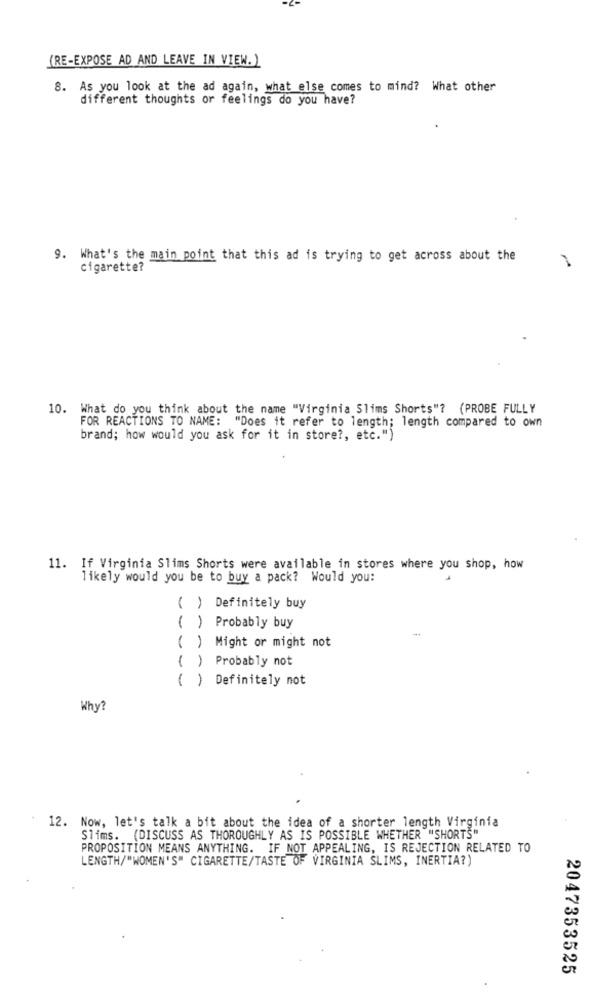
(RE-EXPOSE AD AND LEAVE IN VIEW.)
8. As you look at the ad again, what else comes to mind? What other
different thoughts or feelings do you have?
9. What's the main point that this ad is trying to get across about the
cigarette?
10. What do you think about the name "Virginia Slims Shorts"? (PROBE FULLY
FOR REACTIONS TO NAME: "Does it refer to length; length compared to own
brand; how would you ask for it in store ?, etc.")
11. If Virginia Slims Shorts were available in stores where you shop, how
likely would you be to buy a pack? Would you:
( ) Definitely buy
( ) Probably buy
( ) Might or might not
( ) Probably not
( ) Definitely not
Why?
12. Now, let's talk a bit about the idea of a shorter length Virginia
Slims. (DISCUSS AS THOROUGHLY AS IS POSSIBLE WHETHER "SHORTS"
PROPOSITION MEANS ANYTHING. IF NOT APPEALING, IS REJECTION RELATED TO
LENGTH/"WOMEN'S" CIGARETTE/TASTE OF VIRGINIA SLIMS, INERTIA?)
2047353525